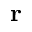
\mathbf { r }